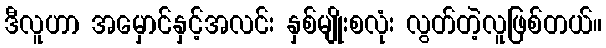
ဒီလူဟာ အမှောင်နှင့်အလင်း နှစ်မျိုးစလုံး လွတ်တဲ့လူဖြစ်တယ်။